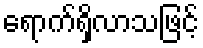
ရောက်ရှိလာသဖြင့်